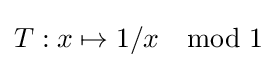
T:x\mapsto 1/x\mod 1